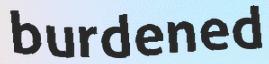
burdened